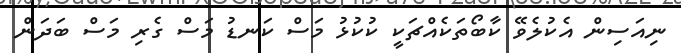
ނިއަސިން އެކުލެވޭ ކާބޯތަކެއްޗަކީ ކުކުޅު މަސް ކަނޑު މަސް ގެރި މަސް ބަދަން